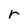
Character: r